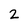
Character: 2